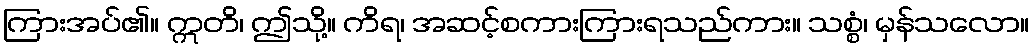
ကြားအပ်၏။ ဣတိ၊ ဤသို့။ ကိရ၊ အဆင့်စကားကြားရသည်ကား။ သစ္စံ၊ မှန်သလော။